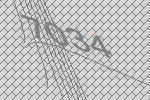
7034